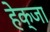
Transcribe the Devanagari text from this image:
हेक्जा